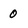
Character: 0